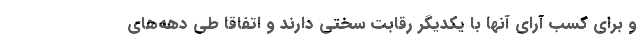
و برای کسب آرای آنها با یکدیگر رقابت سختی دارند و اتفاقا طی دهه‌های